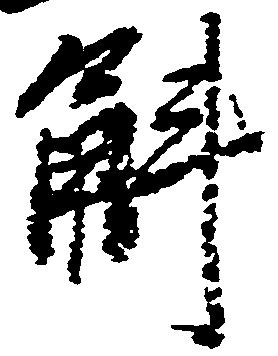
斛